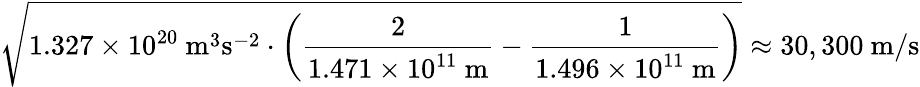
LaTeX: {\sqrt{1.327\times 10^{20}~{\mathrm{m}}^{3}{\mathrm{s}}^{-2}\cdot\left({\frac{2}{1.471\times 10^{11}~{\mathrm{m}}}}-{\frac{1}{1.496\times 10^{11}~{\mathrm{m}}}}\right)}}\approx 30,300~{\mathrm{m}}/{\mathrm{s}}